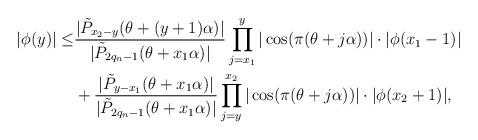
LaTeX: \begin{align*}|\phi(y)|\leq &\frac{|\tilde{P}_{x_2-y}(\theta+(y+1)\alpha)|}{|\tilde{P}_{2q_n-1}(\theta+x_1\alpha)|}\prod_{j=x_1}^{y}|\cos(\pi(\theta+j\alpha))|\cdot |\phi(x_1-1)|\\&+\frac{|\tilde{P}_{y-x_1}(\theta+x_1\alpha)|}{|\tilde{P}_{2q_n-1}(\theta+x_1\alpha)|}\prod_{j=y}^{x_2}|\cos(\pi(\theta+j\alpha))|\cdot |\phi(x_2+1)|,\end{align*}